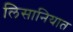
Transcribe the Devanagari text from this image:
लिसानियात